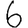
Digit: 6